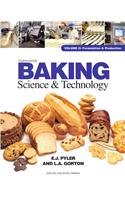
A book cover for Baking Science & Technology: Formulation and Production; E. J. Pyler; Cookbooks, Food & Wine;